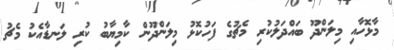
މާޅޮހާއި މިލަންދޫ ބައްދަލުކުރި މެޗުގެ ފަހުކޮޅު މިލަންދޫން ކާމިޔާބު ކުރި ލަނޑާއެކު މެޗު